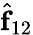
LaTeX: \hat{\mathbf f}_{12}